Madras plague regulations in force outside the Presidency town - Volume 4
Disease focus: Plague
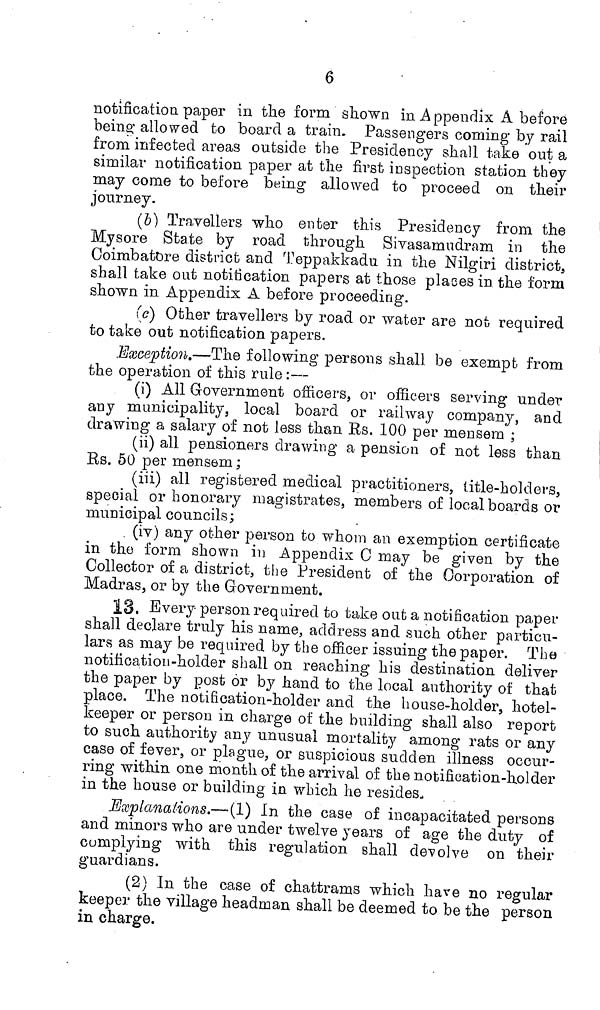
6
notification paper in the form shown in Appendix A before
being allowed to board a train. Passengers coming by rail
from infected areas outside the Presidency shall take out a
similar notification paper at the first inspection station they
may come to before being allowed to proceed on their
journey.
(b) Travellers who enter this Presidency from the
Mysore State by road through Sivasamudram in the
Coimbatore district and Teppakkadu in the Nilgiri district,
shall take out notification papers at those places in the form
shown in Appendix A before proceeding.
(c) Other travellers by road or water are not required
to take out notification papers.
.Exception.—The following persons shall be exempt from
the operation of this rule :—
(i) All Government officers, or officers serving under
any municipality, local board or railway company, and
drawing a salary of not less than Rs. 100 per mensem ;
(ii) all pensioners drawing a pension of not less than
Es. 50 per mensem ;
(iii) all registered medical practitioners, title-holders,
special or honorary magistrates, members of local boards or
municipal councils;
(iv) any other person to whom an exemption certificate
in the form shown in Appendix 0 may be given by the
Collector of a district, the President of the Corporation of
Madras, or by the Government.
13. Every person required to take out a notification paper
shall declare truly his name, address and such other particu-
lars as may be required by the officer issuing the paper. The
notification-holder shall on reaching his destination deliver
the paper by post or by hand to the local authority of that
place. The notification-holder and the house-holder, hotel-
keeper or person in charge of the building shall also report
to such authority any unusual mortality among rats or any
case of fever, or plague, or suspicious sudden illness occur-
ring within one month of the arrival of the notification-holder
in the house or building in which he resides,
Explana lions.—-(1) In the case of incapacitated persons
and minors who are under twelve years of age the duty of
complying with this regulation shall devolve on their
guardians.
(2) In the case of chattrams which have no regular
keeper the village headman shall be deemed to be the person
in charge.